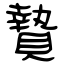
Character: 贄